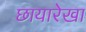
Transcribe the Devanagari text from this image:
छायारेखा